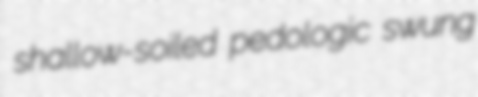
shallow-soiled pedologic swung